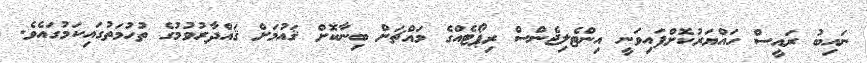
ނައިބު ރައީސް ހައްޔަރުކޮށްފައިވަނީ އިންޓެލިޖެންސް ރިޕޯޓެއްގެ މައްޗަށް ބިނާކޮށް ޤައުމަށް ޤައްދާރުވުމުގެ ތުހުމަތުގައިކަމުގައެވެ.